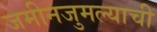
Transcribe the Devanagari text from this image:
जमीनजुमल्याची